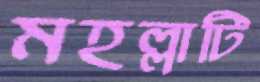
মহল্লাটি